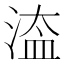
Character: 𣹆